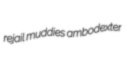
rejail muddies ambodexter